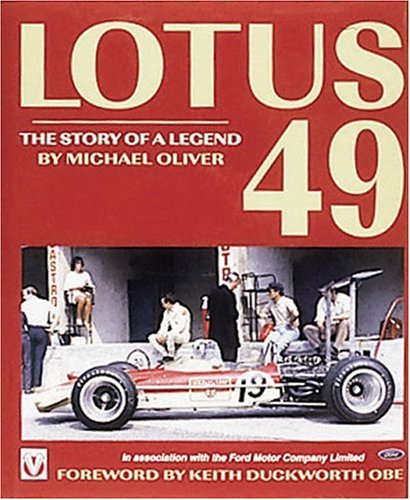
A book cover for Lotus 49 -The Story of a Legend; Michael Oliver; Engineering & Transportation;